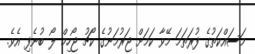
މަސައްކަތުގެ ފުރަތަމަ މޭވާ ކަމަށް ޖަރުމަނުގެ ކޯޗު ޖޯހިމް ލޯ ބުނެފި އެވެ.